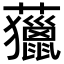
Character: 𧄵